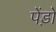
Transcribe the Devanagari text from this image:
पेंड़ो